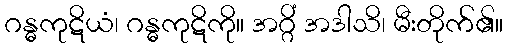
ဂန္ဓကုဋိယံ၊ ဂန္ဓကုဋိကို။ အဂ္ဂိံ အဒါသိ၊ မီးတိုက်၏။